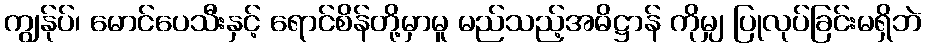
ကျွန်ုပ်၊ မောင်ပေသီးနှင့် ရောင်စိန်တို့မှာမူ မည်သည့်အဓိဋ္ဌာန် ကိုမျှ ပြုလုပ်ခြင်းမရှိဘဲ